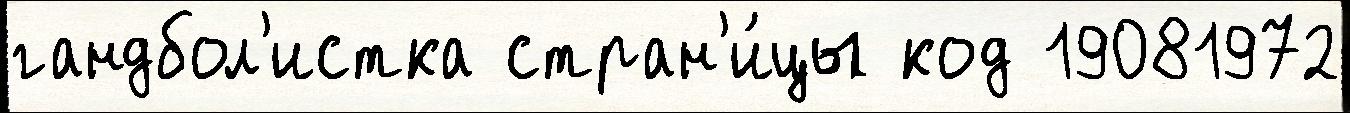
гандбол'истка стран'и́цы код 19081972